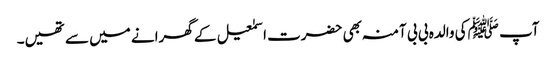
آپ ﷺکی والدہ بی بی آمنہ بھی حضرت اسمٰعیل کے گھرانے میں سے تھیں۔